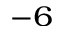
^ { - 6 }